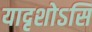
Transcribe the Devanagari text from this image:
यादृशोऽसि